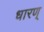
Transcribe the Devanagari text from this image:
धारण्